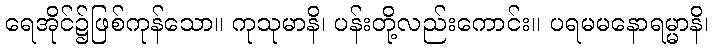
ရေအိုင်၌ဖြစ်ကုန်သော။ ကုသုမာနိ၊ ပန်းတို့လည်းကောင်း။ ပရမမနောရမ္မာနိ၊